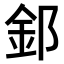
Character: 𫒉